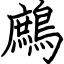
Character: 鷓